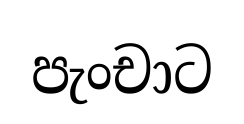
පැංචාට